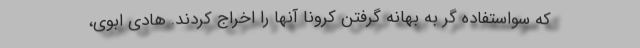
که سواستفاده گر به بهانه گرفتن کرونا آنها را اخراج کردند. هادی ابوی،